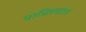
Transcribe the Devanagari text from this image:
याचित्रपटाचे